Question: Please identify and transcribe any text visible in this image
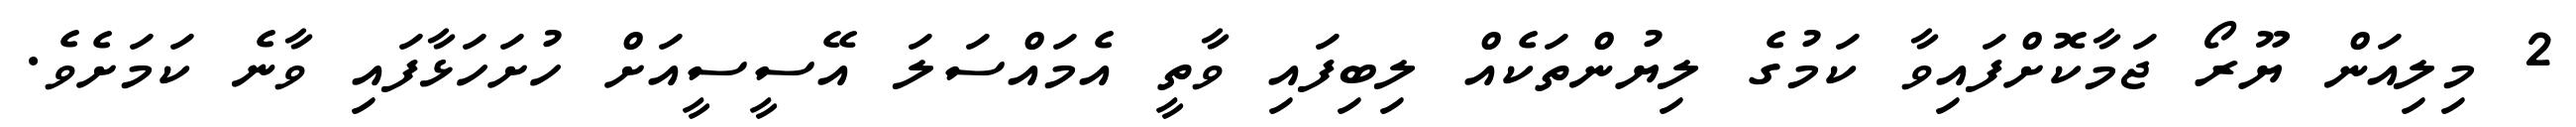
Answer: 2 މިލިއަން ޔޫރޯ ޖަމާކޮށްފައިވާ ކަމުގެ ލިޔުންތަކެއް ލިބިފައި ވާތީ އެމައްސަލަ އޭސީސީއަށް ހުށަހަޅާފައި ވާނެ ކަމަށެވެ.